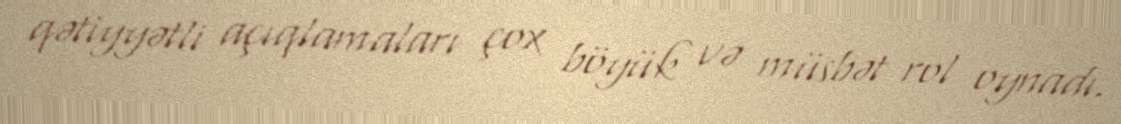
qətiyyətli açıqlamaları çox böyük və müsbət rol oynadı.